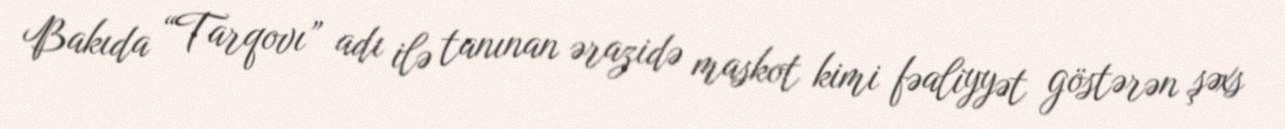
Bakıda “Tarqovı” adı ilə tanınan ərazidə maskot kimi fəaliyyət göstərən şəxs